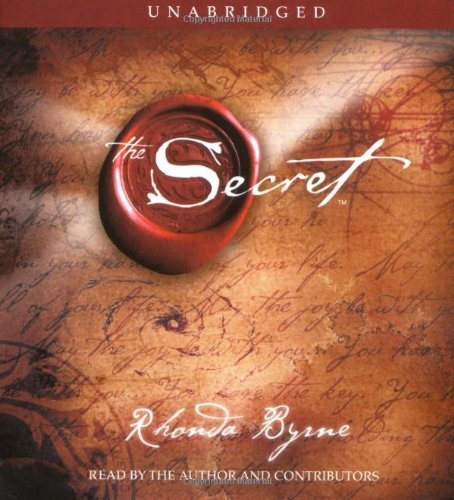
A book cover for The Secret (Unabridged, 4-CD Set); Rhonda Byrne; Cookbooks, Food & Wine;